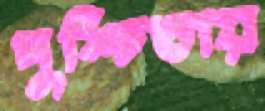
দুশ্চিতায়